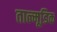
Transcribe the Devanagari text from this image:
ताल्मूडिक